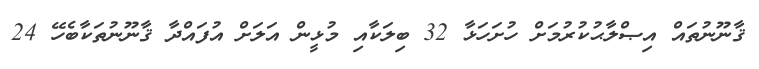
ޤާނޫނުތައް އިޞްލާޙުކުރުމަށް ހުށަހަޅާ 32 ބިލަކާއި މުޅީން އަލަށް އުފައްދާ ޤާނޫނުތަކާބެހޭ 24